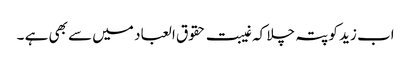
اب زید کو پتہ چلا کہ غیبت حقوق العباد میں سے بھی ہے ۔